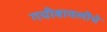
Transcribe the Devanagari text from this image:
गचीबावलीचे